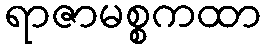
ရာဇာမစ္စကထာ